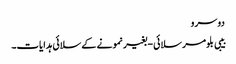
دوسرو
بیبی بلومر سلائی - بغیر نمونے کے سلائی ہدایات۔